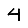
Digit: 4